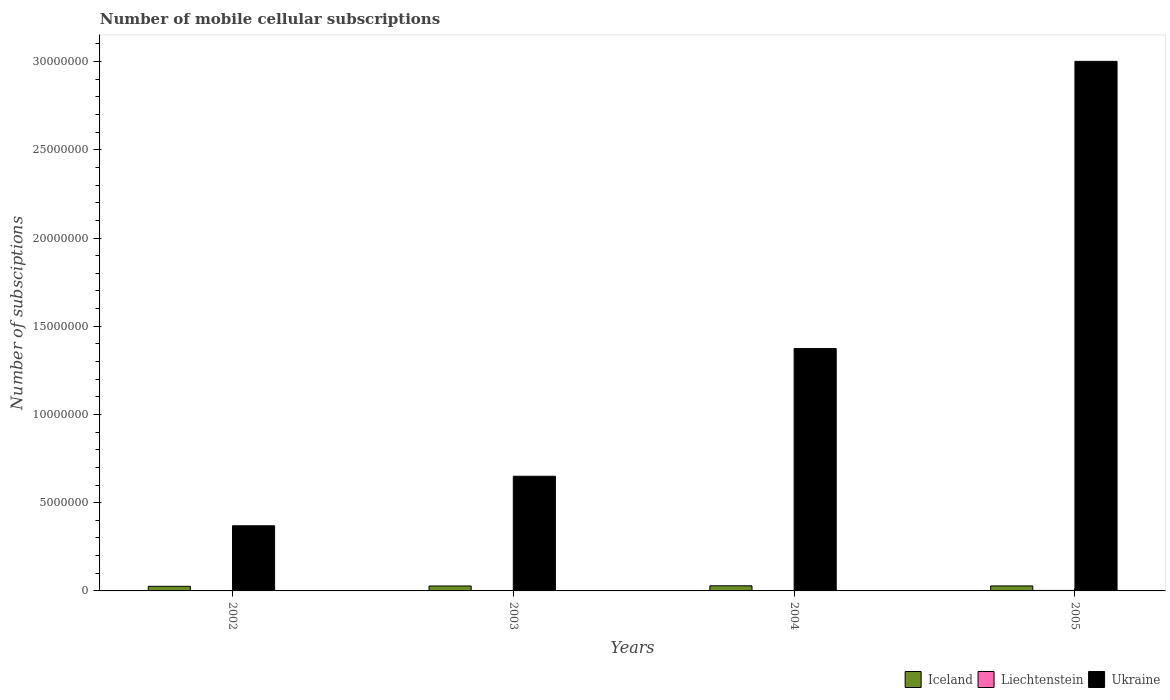
| Years | Iceland | Liechtenstein | Ukraine |
 | --- | --- | --- | --- |
 | 2002 | 2.6e+05 | 1.14e+04 | 3.69e+06 |
 | 2003 | 2.8e+05 | 2.5e+04 | 6.5e+06 |
 | 2004 | 2.9e+05 | 2.55e+04 | 1.37e+07 |
 | 2005 | 2.83e+05 | 2.75e+04 | 3e+07 |